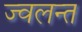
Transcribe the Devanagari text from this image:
ज्‍वलन्‍त